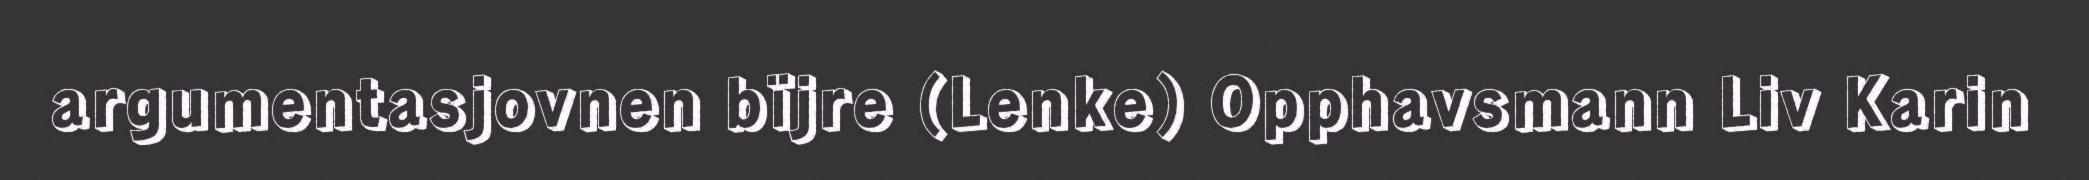
argumentasjovnen bïjre (Lenke) Opphavsmann Liv Karin